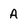
Character: A